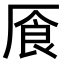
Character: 𠩸